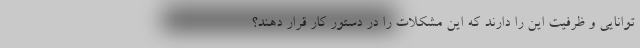
توانایی و ظرفیت این را دارند که این مشکلات را در دستور کار قرار دهند؟